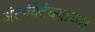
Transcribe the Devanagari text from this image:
अंटार्क्टिक्याच्या